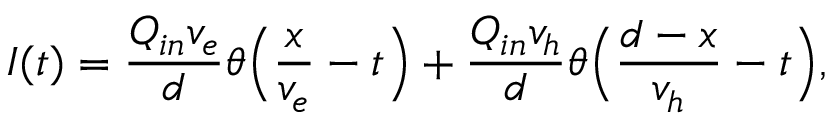
I ( t ) = \frac { Q _ { i n } v _ { e } } { d } \theta \Big ( \frac { x } { v _ { e } } - t \Big ) + \frac { Q _ { i n } v _ { h } } { d } \theta \Big ( \frac { d - x } { v _ { h } } - t \Big ) ,